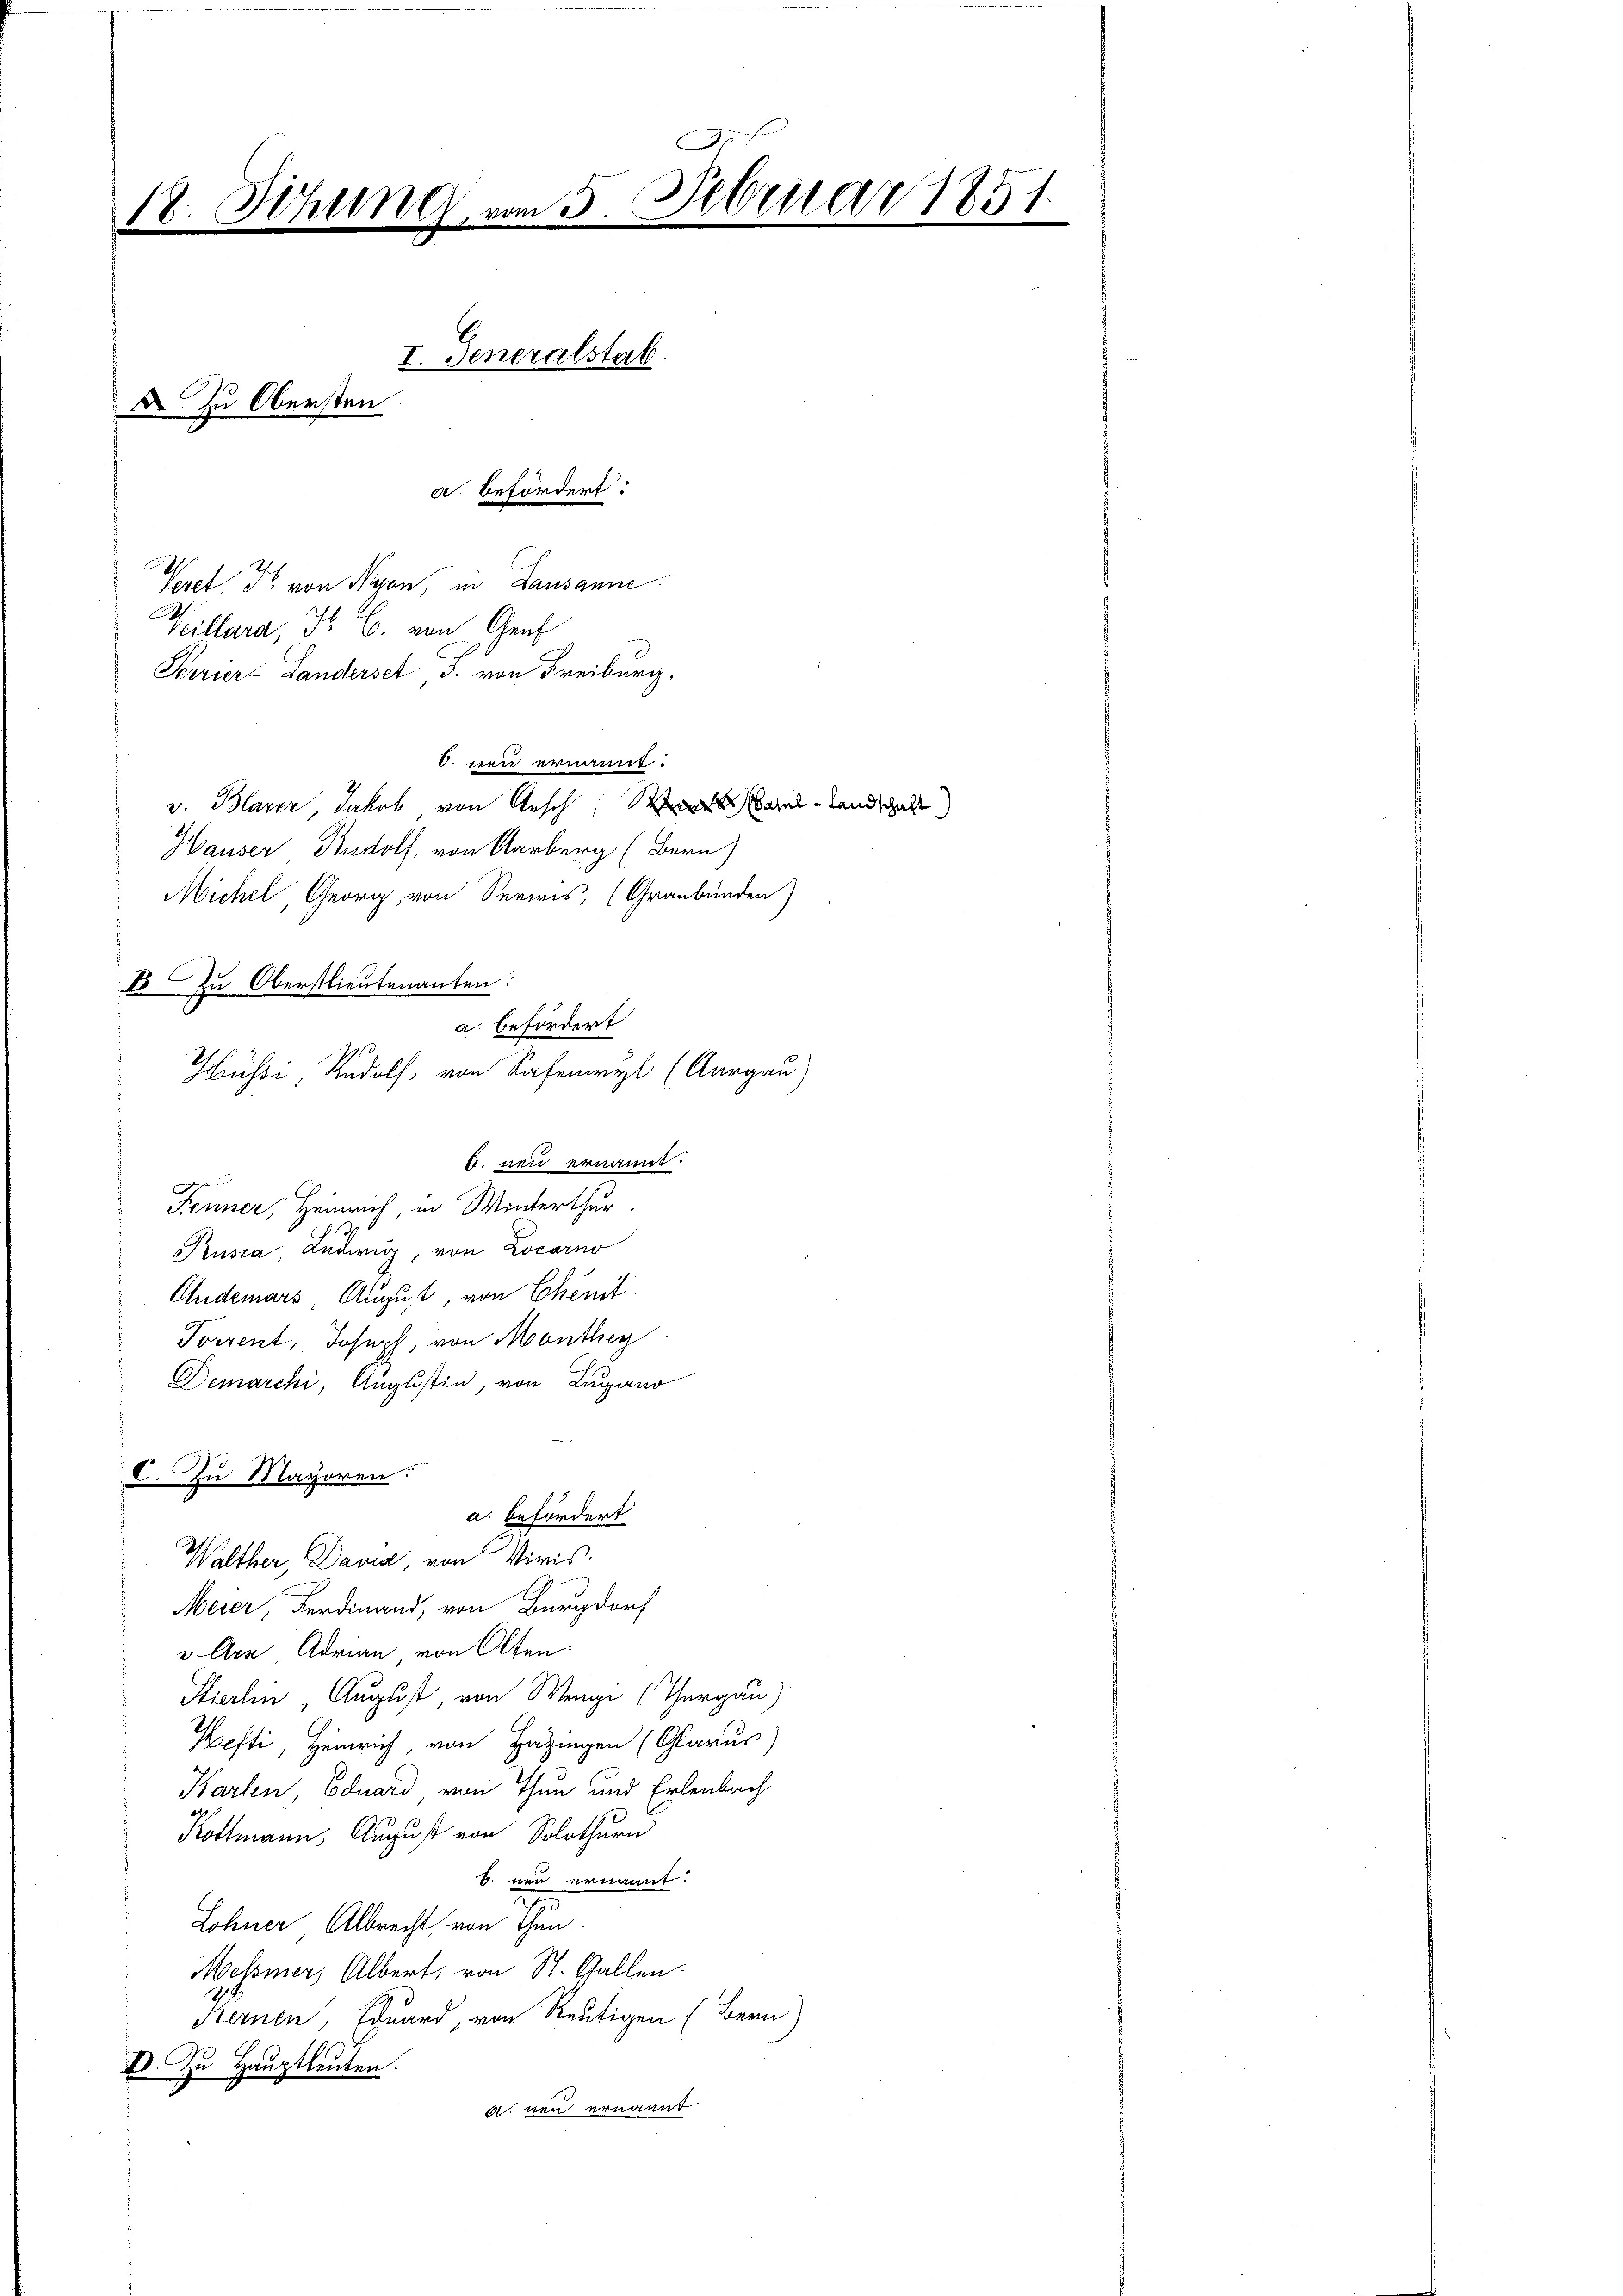
18. Sitzung vom 5. Februar 1851
I. Generalstab.
 Zu Obersten
d. befördert:

. neu ernannt.
v. Blarer, Jakob von Anscht bei Landschaft

b. neu ernannt.

a. befördert
Hühri, Rudolf, von Safenwyl (Aargau)

Peret. F. von Nyon, in Lausanne
Villara, P. C. von Graf
Serrier-Landerset 3. von Freiburg.
Hauser Rudolf, von Aarberg (Bern)
Michel, Georg von Seewis, (Graubünden)
b
E. Zu Oberstlieutenanten:
Fenner, Heinrich, in Winterthur.
Rusca Ludwig von Locarno
Anderars August, von Chemit
Torrent, Joseph, von Monthey
Demarchi, Augustiz, von Lugano
C. Zu Mayoren.
a. befördert
Walther, David, von Viris.
Meier, Ferdinand, von Burgdorf
v Arx Adrian von Olten.
Stierlin August von Wengi (Thurgau)
Hefti, Heinrich, von Hazingen (Glarus)
Karten, Eduard von Thun und Erlenbach
Kottmann, August von Solothurn
B. neu ernannt.
Lohner Albrecht von Thun.
Mehmers Albert, von St. Gallen.
21
Kernen, Eduard, von Reutigen (Bern)
V. Zu Hauptleuten.
 neu ernannt

.